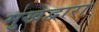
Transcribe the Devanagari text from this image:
मुखद्वारा